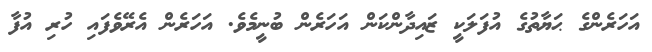
އަހަރެންގެ ޙަޔާތުގެ އުފަލަކީ ޒައިދާންކަން އަހަރެން ބުނީމެވެ. އަހަރެން އެރޭވެފައި ހުރި އުފާ